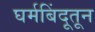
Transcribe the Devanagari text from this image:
घर्मबिंदूतून